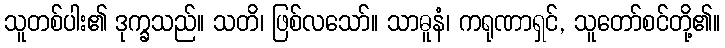
သူတစ်ပါး၏ ဒုက္ခသည်။ သတိ၊ ဖြစ်လသော်။ သာဓူနံ၊ ကရုဏာရှင်, သူတော်စင်တို့၏။